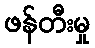
ဖန်တီးမှု